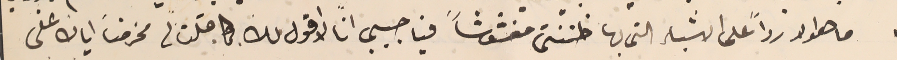
ما هو لا رداً على الاشياء التى بها ظننتى مغشوشاً فيا حبيبي انا لا اقول لك كما قلت لى فحرمنا اياك على